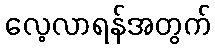
လေ့လာရန်အတွက်